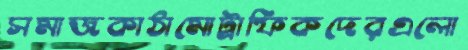
সমাজকাঠামোট্রাফিকদেরএলো